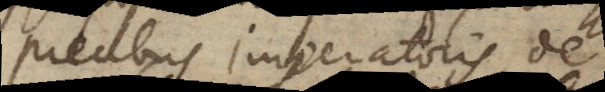
precibus imperatoris, de